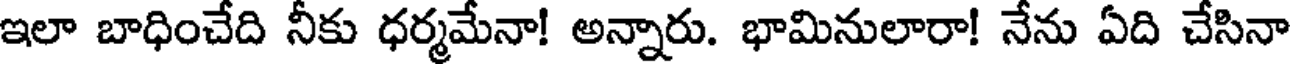
ఇలా బాధించేది నీకు ధర్మమేనా! అన్నారు. భామినులారా! నేను ఏది చేసినా